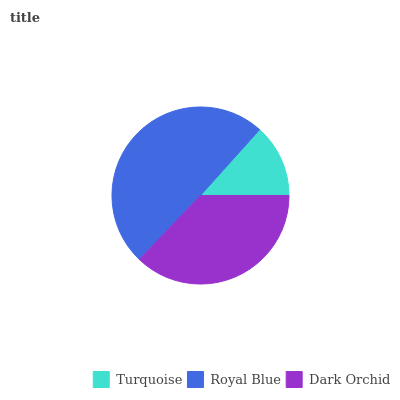
| Turquoise | Royal Blue | Dark Orchid |
 | --- | --- | --- |
 | 13.4% | 49.5% | 37.1% |